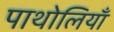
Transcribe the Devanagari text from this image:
पाथोलियाँ